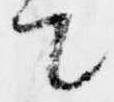
て